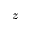
z